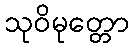
သုဝိမုတ္တော